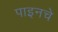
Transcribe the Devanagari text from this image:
पाइनचे